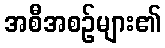
အစီအစဉ်များ၏